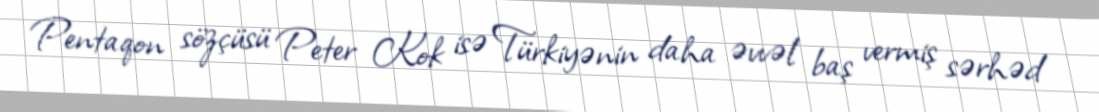
Pentaqon sözçüsü Peter Kok isə Türkiyənin daha əvvəl baş vermiş sərhəd